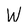
Character: W